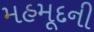
મહમૂદની